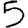
Digit: 5